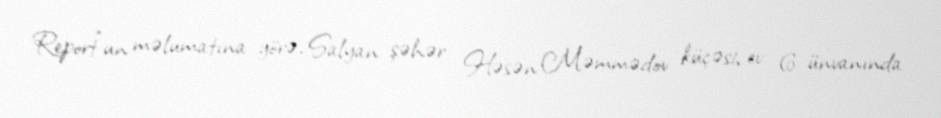
Report"un məlumatına görə, Salyan şəhər Həsən Məmmədov küçəsi, ev 6 ünvanında